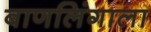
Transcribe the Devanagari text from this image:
बाणलिंगाला